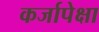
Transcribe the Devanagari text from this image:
कर्जापेक्षा